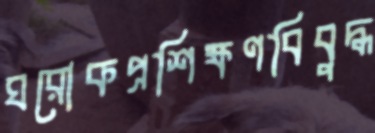
ঘরোকপ্রশিক্ষণবিবুদ্ধ